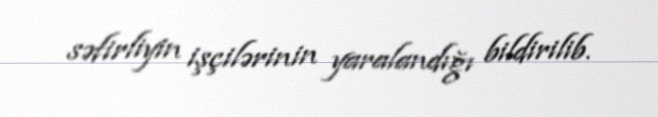
səfirliyin işçilərinin yaralandığı bildirilib.